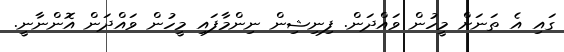
ގައި އެ ތަނަށް މީހުން ވައްދަން. ފިނިޝިން ނިންމާފައި މީހުން ވައްދަން އޮންނާނީ.